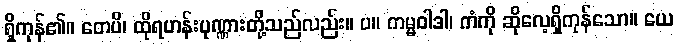
ရှိကုန်၏။ တေပိ၊ ထိုရဟန်းပုဏ္ဏားတို့သည်လည်း။ ပ။ ကမ္မဝါဒါ၊ ကံကို ဆိုလေ့ရှိကုန်သော။ ယေ